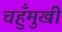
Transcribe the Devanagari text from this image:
चहुँमुखी